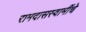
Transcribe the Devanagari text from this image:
रामदासस्वामींचे